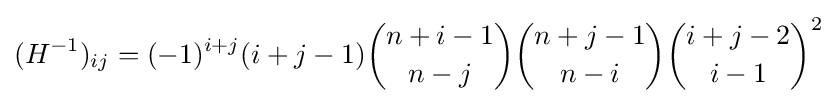
(H^{-1})_{ij}=(-1)^{i+j}(i+j-1){\binom {n+i-1}{n-j}}{\binom {n+j-1}{n-i}}{\binom {i+j-2}{i-1}}^{2}